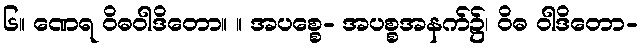
၆။ ဏေရ ဝိဓဝါဒိတော။ ။ အပစ္စေ- အပစ္စအနက်၌၊ ဝိဓ ဝါဒိတော-